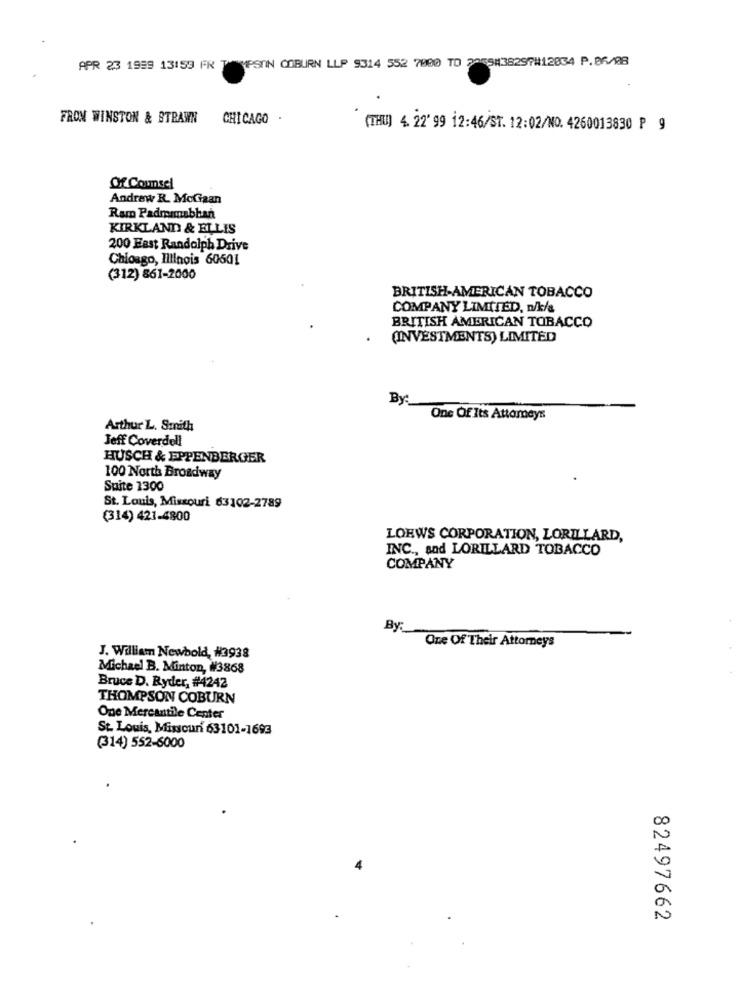
APR 23 1999 13159 FR TEMPSIN COBURN LLP 9314 552 7000 TO 2055#38297#12034 P.86/08
FROM WINSTON & STRAWN
CHICAGO .
(THU) 4. 22' 99 12:46/ST. 12:02/NO. 4260013830 P 9
Of Counsel
Andraw R. MoGaan
Ram Padremmabban
KIRKLAND & ELLIS
200 Fast Randolph Drive
Chicago, Illinois 60601
(312) 861-2000
BRITISH-AMERICAN TOBACCO
COMPANY LIMITED, n/k/a
BRITISH AMERICAN TOBACCO
(INVESTMENTS) LIMITED
By:
One Of Its Attorneys
Arthur L. Smith
Jeff Coverdell
HUSCH & EPPENBERGER
100 North Broadway
Suite 1300
St. Louis, Missouri 63102-2789
(314) 421-4800
LOEWS CORPORATION, LORILLARD,
INC ., and LORILLARD TOBACCO
COMPANY
By:
One Of Their Attorneys
J. William Newbold, #3938
Michael B. Minton, #3868
Bruce D. Ryder, #4242
THOMPSON COBURN
One Mercantile Center
St. Louis, Missouri 63101-1693
(314) 552-6000
82497662